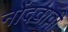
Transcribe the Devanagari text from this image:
नोंदवावी